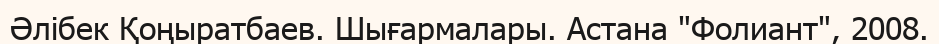
Әлібек Қоңыратбаев. Шығармалары. Астана "Фолиант", 2008.